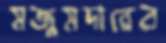
মজুমদারের